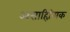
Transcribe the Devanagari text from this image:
असाहित्यि़क